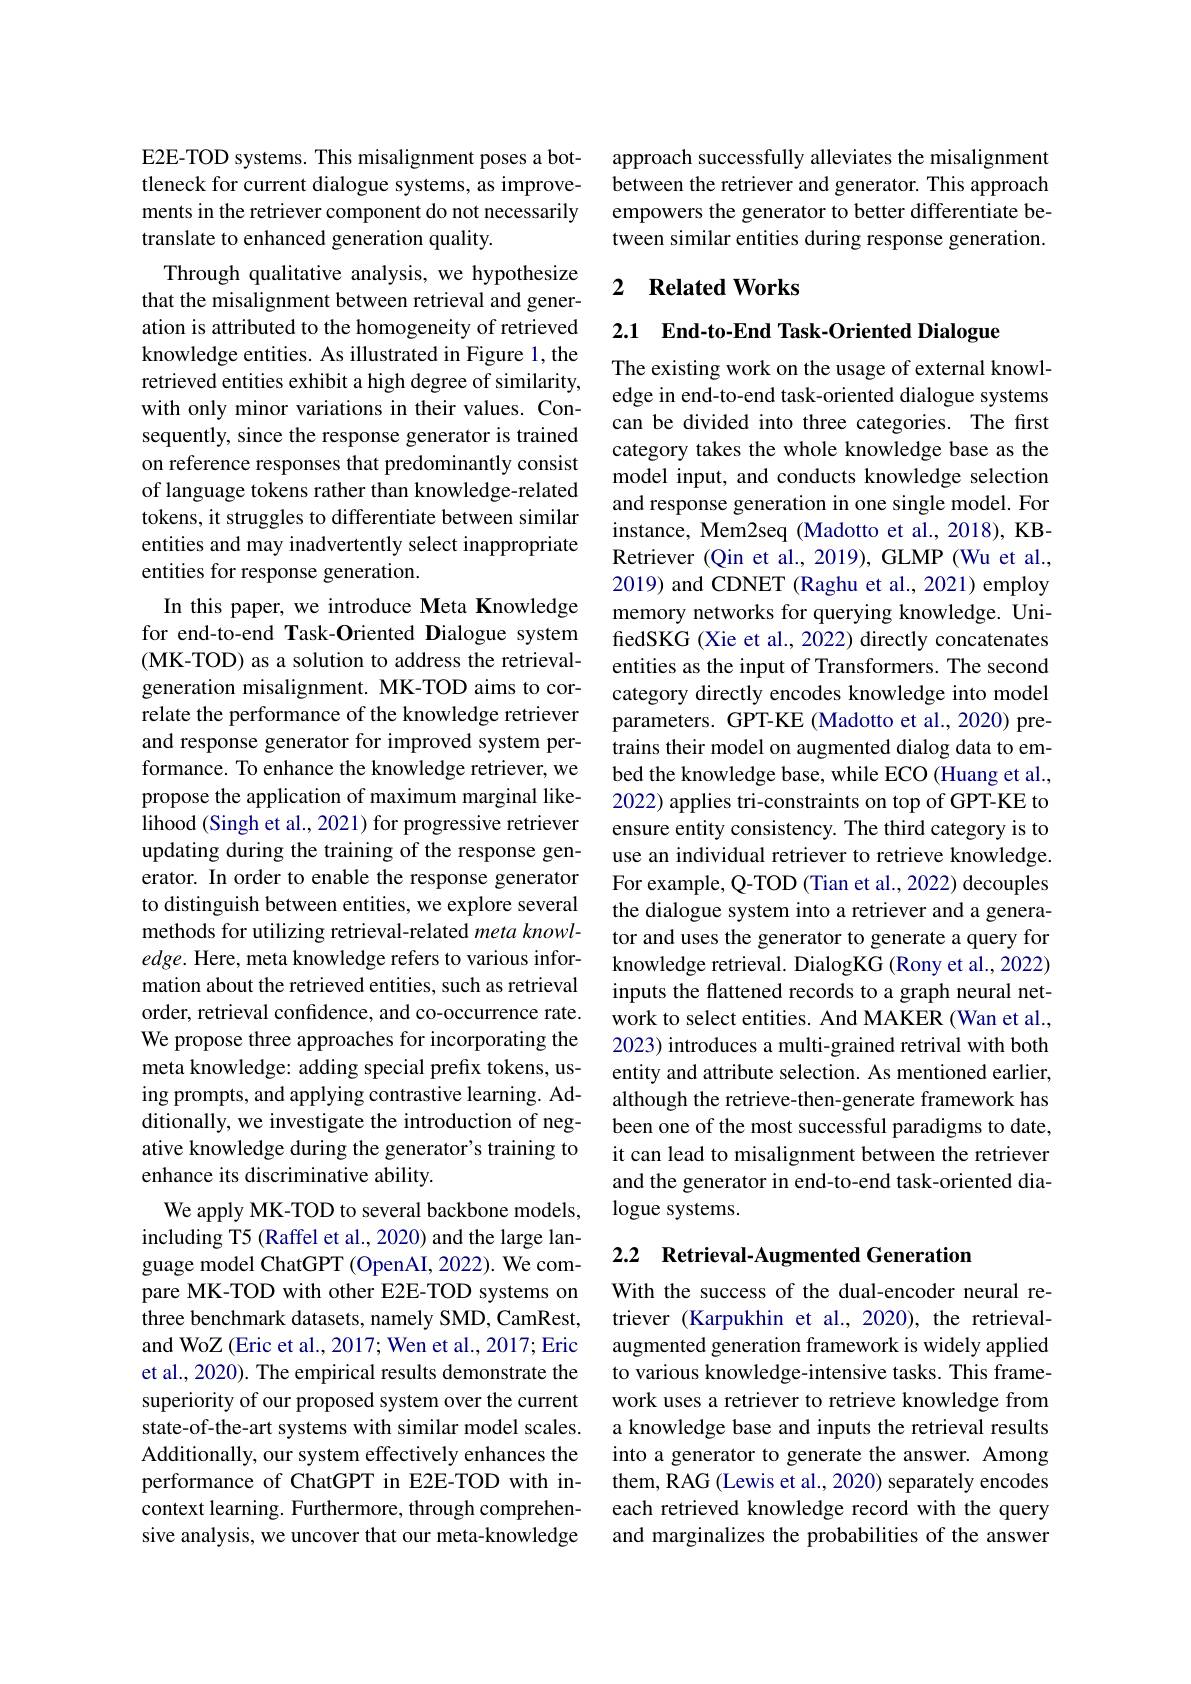
E2E-TOD systems. This misalignment poses a bottleneck for current dialogue systems, as improvements in the retriever component do not necessarily translate to enhanced generation quality.

Through qualitative analysis, we hypothesize that the misalignment between retrieval and generation is attributed to the homogeneity of retrieved knowledge entities. As illustrated in Figure 1, the retrieved entities exhibit a high degree of similarity, with only minor variations in their values. Consequently, since the response generator is trained on reference responses that predominantly consist of language tokens rather than knowledge-related tokens, it struggles to differentiate between similar entities and may inadvertently select inappropriate entities for response generation.
In this paper, we introduce Meta Knowledge for end-to-end Task-Oriented Dialogue system (MK-TOD) as a solution to address the retrievalgeneration misalignment. MK-TOD aims to correlate the performance of the knowledge retriever and response generator for improved system performance. To enhance the knowledge retriever, we propose the application of maximum marginal likelihood (Singh et al., 2021) for progressive retriever updating during the training of the response generator. In order to enable the response generator to distinguish between entities, we explore several methods for utilizing retrieval-related meta knowl- $edge.$ Here, meta knowledge refers to various information about the retrieved entities, such as retrieval order, retrieval confdence, and co-occurrence rate. We propose three approaches for incorporating the meta knowledge: adding special prefix tokens, using prompts, and applying contrastive learning. Additionally, we investigate the introduction of negative knowledge during the generator's training to enhance its discriminative ability.
We apply MK-TOD to several backbone models, including T5 (Raffel et al., 2020) and the large language model ChatGPT (OpenAI, 2022). We compare MK-TOD with other E2E-TOD systems on three benchmark datasets, namely SMD, CamRest, and WoZ (Eric et al., 2017; Wen et al., 2017; Eric et al., 2020). The empirical results demonstrate the superiority of our proposed system over the current state-of-the-art systems with similar model scales. Additionally, our system effectively enhances the performance of ChatGPT in E2E-TOD with incontext learning. Furthermore, through comprehensive analysis, we uncover that our meta-knowledge

approach successfully alleviates the misalignment between the retriever and generator. This approach empowers the generator to better differentiate between similar entities during response generation.

## 2 Related Works

2.1 End-to-End Task-Oriented Dialogue

The existing work on the usage of external knowledge in end-to-end task-oriented dialogue systems can be divided into three categories. The first category takes the whole knowledge base as the model input, and conducts knowledge selection and response generation in one single model. For instance, Mem2seq (Madotto et al., 2018), KBRetriever (Qin et al., 2019), GLMP (Wu et al., 2019) and CDNET (Raghu et al., 2021) employ memory networks for querying knowledge. UnifedSKG (Xie et al., 2022) directly concatenates entities as the input of Transformers. The second category directly encodes knowledge into model parameters. GPT-KE (Madotto et al., 2020) pretrains their model on augmented dialog data to embed the knowledge base, while ECO (Huang et al., 2022) applies tri-constraints on top of GPT-KE to ensure entity consistency. The third category is to use an individual retriever to retrieve knowledge. For example, Q-TOD (Tian et al., 2022) decouples the dialogue system into a retriever and a generator and uses the generator to generate a query for knowledge retrieval. DialogKG (Rony et al., 2022) inputs the flattened records to a graph neural network to select entities. And MAKER (Wan et al., 2023) introduces a multi-grained retrival with both entity and attribute selection. As mentioned earlier, although the retrieve-then-generate framework has been one of the most successful paradigms to date, it can lead to misalignment between the retriever and the generator in end-to-end task-oriented dialogue systems.

### 2.2 Retrieval-Augmented Generation

With the success of the dual-encoder neural retriever (Karpukhin et al., 2020), the retrievalaugmented generation framework is widely applied to various knowledge-intensive tasks. This framework uses a retriever to retrieve knowledge from a knowledge base and inputs the retrieval results into a generator to generate the answer. Among them, RAG (Lewis et al., 2020) separately encodes each retrieved knowledge record with the query and marginalizes the probabilities of the answer